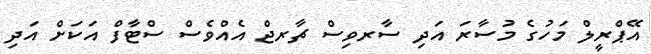
އޭޕްރީލް މަހުގެ މުސާރަ އަދި ސާރވިސް ޗާރޖް އެއްވެސް ސްޓާފް އަކަށް އަދި